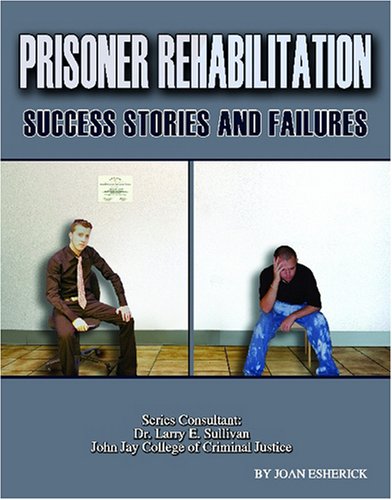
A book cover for Prisoner Rehabilitation: Success Stories and Failures (Incarceration Issues: Punishment, Reform, and Rehabilitation); Joan Esherick; Children's Books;